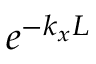
e ^ { - k _ { x } L }